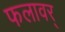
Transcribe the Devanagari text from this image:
फलावर्